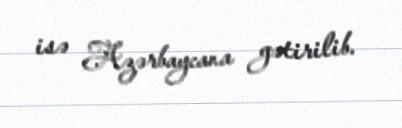
isə Azərbaycana gətirilib.